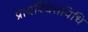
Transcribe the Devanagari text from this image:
प्रायश्चित्तविधि